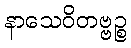
နာသေဝိတဗ္ဗဉ္စ